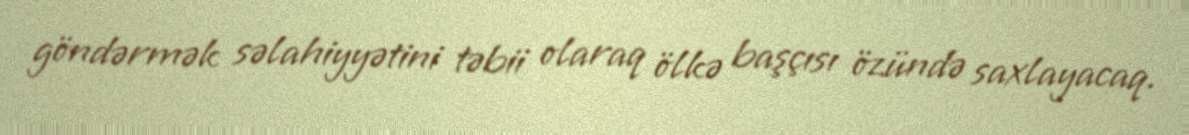
göndərmək səlahiyyətini təbii olaraq ölkə başçısı özündə saxlayacaq.